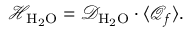
\mathcal { H } _ { \mathrm { { H _ { 2 } O } } } = \mathcal { D } _ { \mathrm { { H _ { 2 } O } } } \cdot \langle \mathcal { Q } _ { f } \rangle .